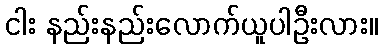
ငါး နည်းနည်းလောက်ယူပါဦးလား။